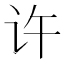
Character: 许